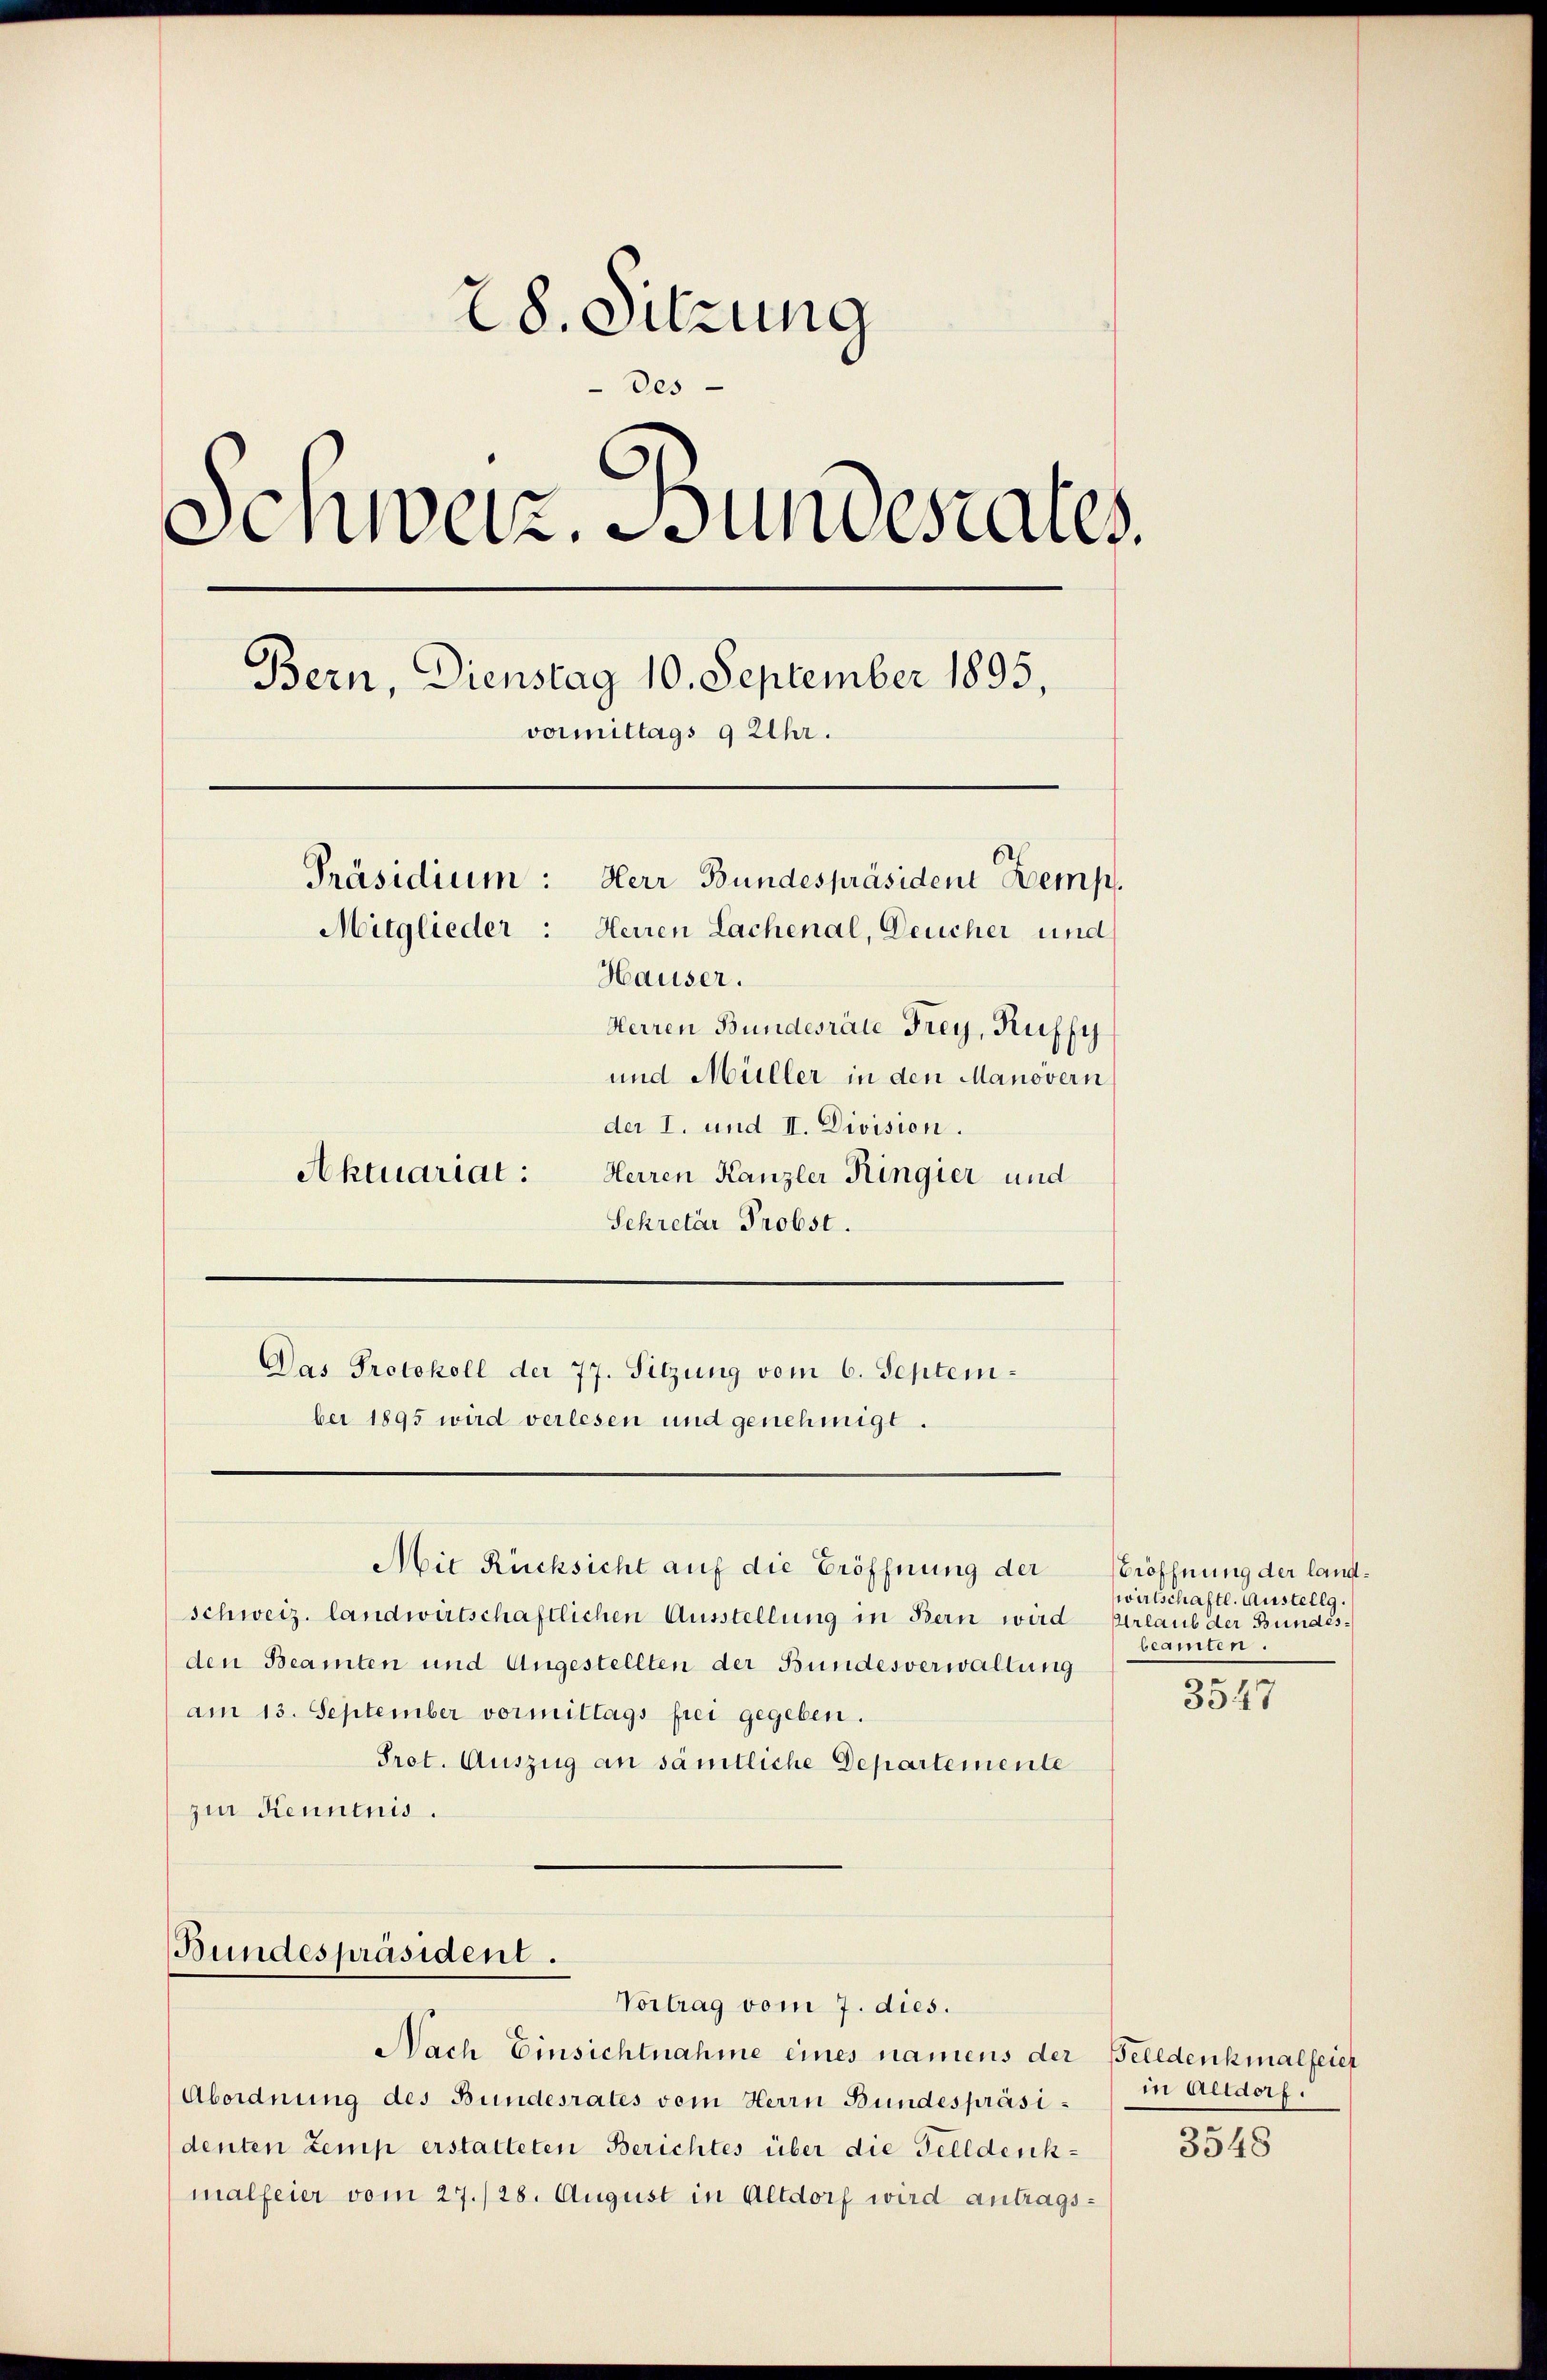
28. Sitzung
Des
Schweiz. Bundesrates.
Bern, Dienstag 10. September 1895,
vormittags 9 Uhr.
Präsidium:
Herr Bundespräsident Kemp
Mitglieder: Herren Lachenal, Deucher und
Hauser.
Herren Bundesräte Frey, Ruffy
und Müller in den Manövern
der I. und II. Division.
Aktuariat: Herren Kanzler Ringier und
Sekretär Probst.

Das Protokoll der 77. Sitzung vom 6. September 1895 wird verlesen und genehmigt.

schweiz. landwirtschaftlichen Ausstellung in Bern wird
den Beamten und Angestellten der Bundesverwaltung
am 13. September vormittags frei gegeben.
Prot. Auszug an sämtliche Departemente
zur Kenntnis.

Mit Rücksicht auf die Eröffnung der

Bundespräsident.
Vortrag vom 7. dies.

Nach Einsichtnahme eines namens der Beledenkmalfeier
Abordnung des Bundesrates vom Herrn Bundespräsi- in Altdorf.
denten Lemp erstatteten Berichtes über die Felldenkmalfeier vom 27./28. August in Altdorf wird antrags¬

Eröffnung der langwirtschaftl. Austellg.
Urlaub der Bundesbeamten.

3547

3548